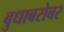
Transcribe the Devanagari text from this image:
बुधाबरोबर